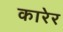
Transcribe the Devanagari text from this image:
कारेर